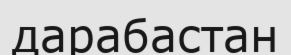
дарабастан